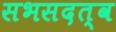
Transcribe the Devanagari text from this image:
सभसदत्व